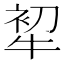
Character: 𤙟